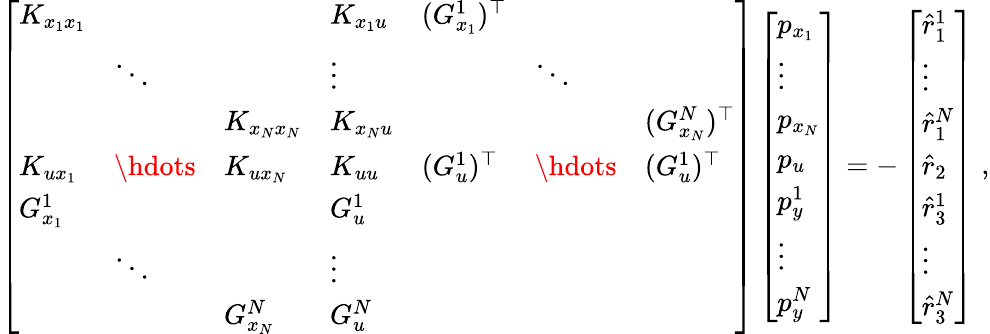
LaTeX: \left[\begin{array}{lllllll}{K_{x_{1}x_{1}}}&&&{K_{x_{1}u}}&{(G_{x_{1}}^{1})^{\top}}&&\\ &{\ddots}&&{\vdots}&&{\ddots}&\\ &&{K_{x_{N}x_{N}}}&{K_{x_{N}u}}&&&{(G_{x_{N}}^{N})^{\top}}\\ {K_{ux_{1}}}&{\hdots}&{K_{ux_{N}}}&{K_{uu}}&{(G_{u}^{1})^{\top}}&{\hdots}&{(G_{u}^{1})^{\top}}\\ {G_{x_{1}}^{1}}&&&{G_{u}^{1}}&&&\\ &{\ddots}&&{\vdots}&&&\\ &&{G_{x_{N}}^{N}}&{G_{u}^{N}}&&&\end{array}\right]\left[\begin{array}{l}{p_{x_{1}}}\\ {\vdots}\\ {p_{x_{N}}}\\ {p_{u}}\\ {p_{y}^{1}}\\ {\vdots}\\ {p_{y}^{N}}\end{array}\right]=-\left[\begin{array}{l}{\hat{r}_{1}^{1}}\\ {\vdots}\\ {\hat{r}_{1}^{N}}\\ {\hat{r}_{2}}\\ {\hat{r}_{3}^{1}}\\ {\vdots}\\ {\hat{r}_{3}^{N}}\end{array}\right]\; ,